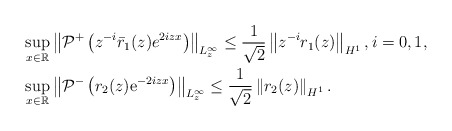
\begin{align*}&\sup _{x \in \mathbb{R}}\left\|\mathcal{P}^+\left(z^{-i}\bar{r}_1(z)e^{ 2iz x}\right)\right\|_{L_z^\infty} \leq\frac{1}{\sqrt{2}}\left\|z^{-i}r_1(z)\right\|_{H^1},i=0,1,\\&\sup_{x \in \mathbb{R}}\left\|\mathcal{P}^-\left(r_2(z) \mathrm{e}^{-2iz x}\right)\right\|_{L_{z}^{\infty}} \leq\frac{1}{\sqrt{2}}\left\|r_2(z)\right\|_{H^{1}}.\end{align*}